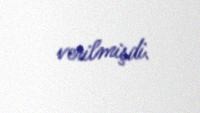
verilmişdi.